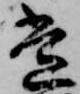
常